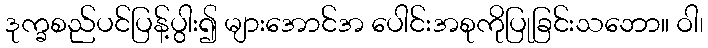
ဒုက္ခစည်ပင်ပြန့်ပွါး၍ များအောင်အ ပေါင်းအစုကိုပြုခြင်းသဘော။ ဝါ၊